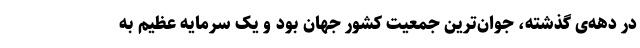
در دهه‌ی گذشته، جوان‌ترین جمعیت کشور جهان بود و یک سرمایه عظیم به